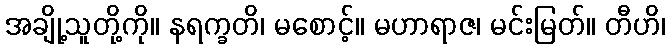
အချို့သူတို့ကို။ နရက္ခတိ၊ မစောင့်။ မဟာရာဇ၊ မင်းမြတ်။ တီဟိ၊